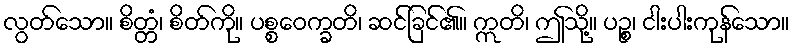
လွတ်သော။ စိတ္တံ၊ စိတ်ကို။ ပစ္စဝေက္ခတိ၊ ဆင်ခြင်၏။ ဣတိ၊ ဤသို့။ ပဉ္စ၊ ငါးပါးကုန်သော။